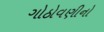
ગોઠોવણીનો